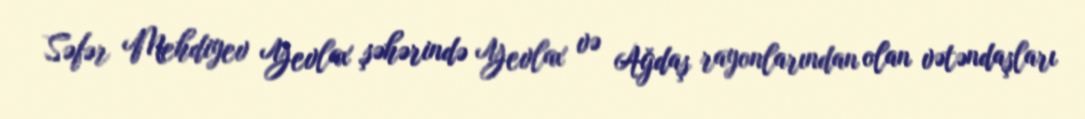
Səfər Mehdiyev Yevlax şəhərində Yevlax və Ağdaş rayonlarından olan vətəndaşları